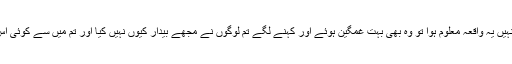
جب ہارون الرشید بیدار ہوئے اور انہیں یہ واقعہ معلوم ہوا تو وہ بھی بہت غمگین ہوئے اور کہنے لگے تم لوگوں نے مجھے بیدار کیوں نہیں کیا اور تم میں سے کوئی اس کے مقابلے میں کیوں نہیں نکلا ؟